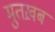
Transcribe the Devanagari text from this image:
मुतख़ब